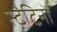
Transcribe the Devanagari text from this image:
स्टैटिनों